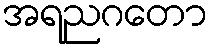
အရညဂတော